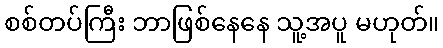
စစ်တပ်ကြီး ဘာဖြစ်နေနေ သူ့အပူ မဟုတ်။